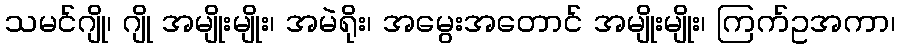
သမင်ဂျို၊ ဂျို အမျိုးမျိုး၊ အမဲရိုး၊ အမွေးအတောင် အမျိုးမျိုး၊ ကြက်ဥအကာ၊